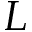
L